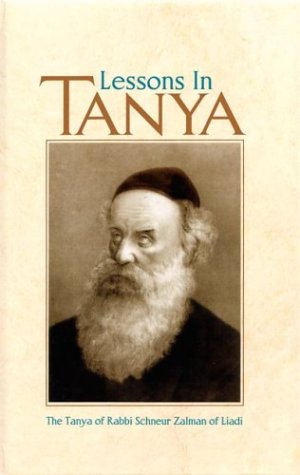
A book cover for Lessons in Tanya (5 vols); Yosef Wineberg; Religion & Spirituality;